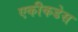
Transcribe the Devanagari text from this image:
एकीकडेस